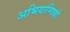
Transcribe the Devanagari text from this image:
अभियाम्त्रिकी